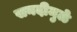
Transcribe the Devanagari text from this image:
सनदीमुळे